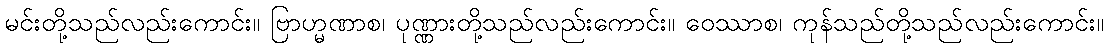
မင်းတို့သည်လည်းကောင်း။ ဗြာဟ္မဏာစ၊ ပုဏ္ဏားတို့သည်လည်းကောင်း။ ဝေဿာစ၊ ကုန်သည်တို့သည်လည်းကောင်း။